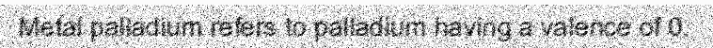
Metal palladium refers to palladium having a valence of 0.